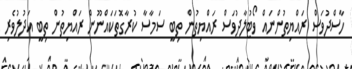
ހާސްދުވަސް ރައްޔިތުންނައް ވޯޓުލާދުވަސް ރައްޔިތުން ތިބީ ސަމާސާ ކުރާގޮތަކައްނޫން ރައްޔިތުން ތިބީ އަދުލުވެރި